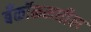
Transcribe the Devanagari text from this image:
बँकॉकमधील